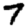
Digit: 7